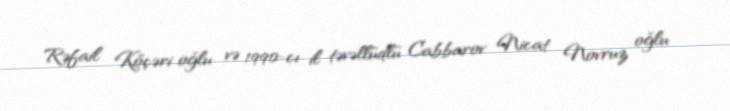
Rəfail Köçəri oğlu və 1990-cı il təvəllüdlü Cabbarov Nicat Novruz oğlu